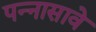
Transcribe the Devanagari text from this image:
पन्नासावे